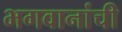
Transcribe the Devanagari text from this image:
भगवानांची